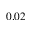
0 . 0 2